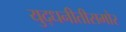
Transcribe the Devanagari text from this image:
युद्धनीतीसमोर